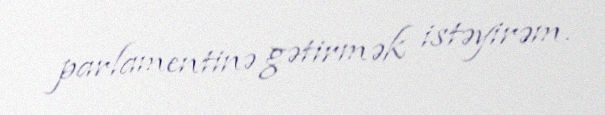
parlamentinə gətirmək istəyirəm.